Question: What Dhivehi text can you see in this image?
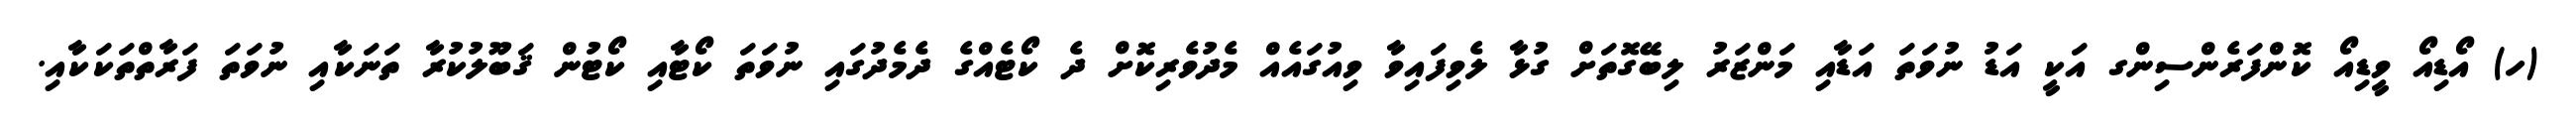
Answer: (ހ) އޯޑިއޯ ވީޑިއޯ ކޮންފަރެންސިންގ އަކީ އަޑު ނުވަތަ އަޑާއި މަންޒަރު ލިބޭގޮތަށް ގުޅާ ލެވިފައިވާ ވިއުގައެއް މެދުވެރިކޮށް ދެ ކޯޓެއްގެ ދެމެދުގައި ނުވަތަ ކޯޓާއި ކޯޓުން ޤަބޫލުކުރާ ތަނަކާއި ނުވަތަ ފަރާތްތަކަކާއި.